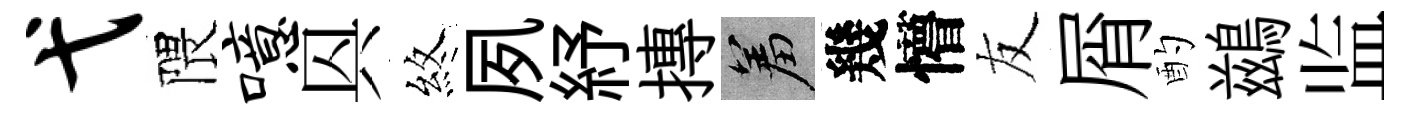
弋隈噫㒷煞夙紓摶羞幾懵友屑酌鷀监